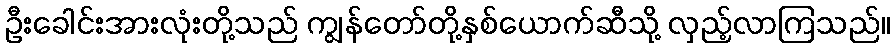
ဦးခေါင်းအားလုံးတို့သည် ကျွန်တော်တို့နှစ်ယောက်ဆီသို့ လှည့်လာကြသည်။